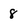
Character: 8